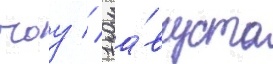
чоу // 1 а́вгуста